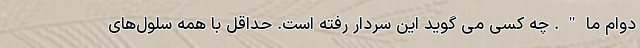
دوام ما". چه کسی می گوید این سردار رفته است. حداقل با همه سلول‌های